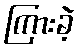
ကြားခဲ့